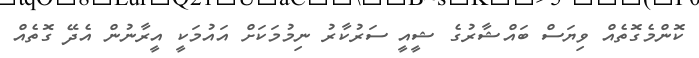
ކޮންމެގޮތެއް ވިޔަސް ބައްޝާރުގެ ޝީއީ ސަރުކާރު ނިމުމަކަށް އައުމަކީ އީރާނުން އެދޭ ގޮތެއް